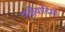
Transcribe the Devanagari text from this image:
रुढीवादियों